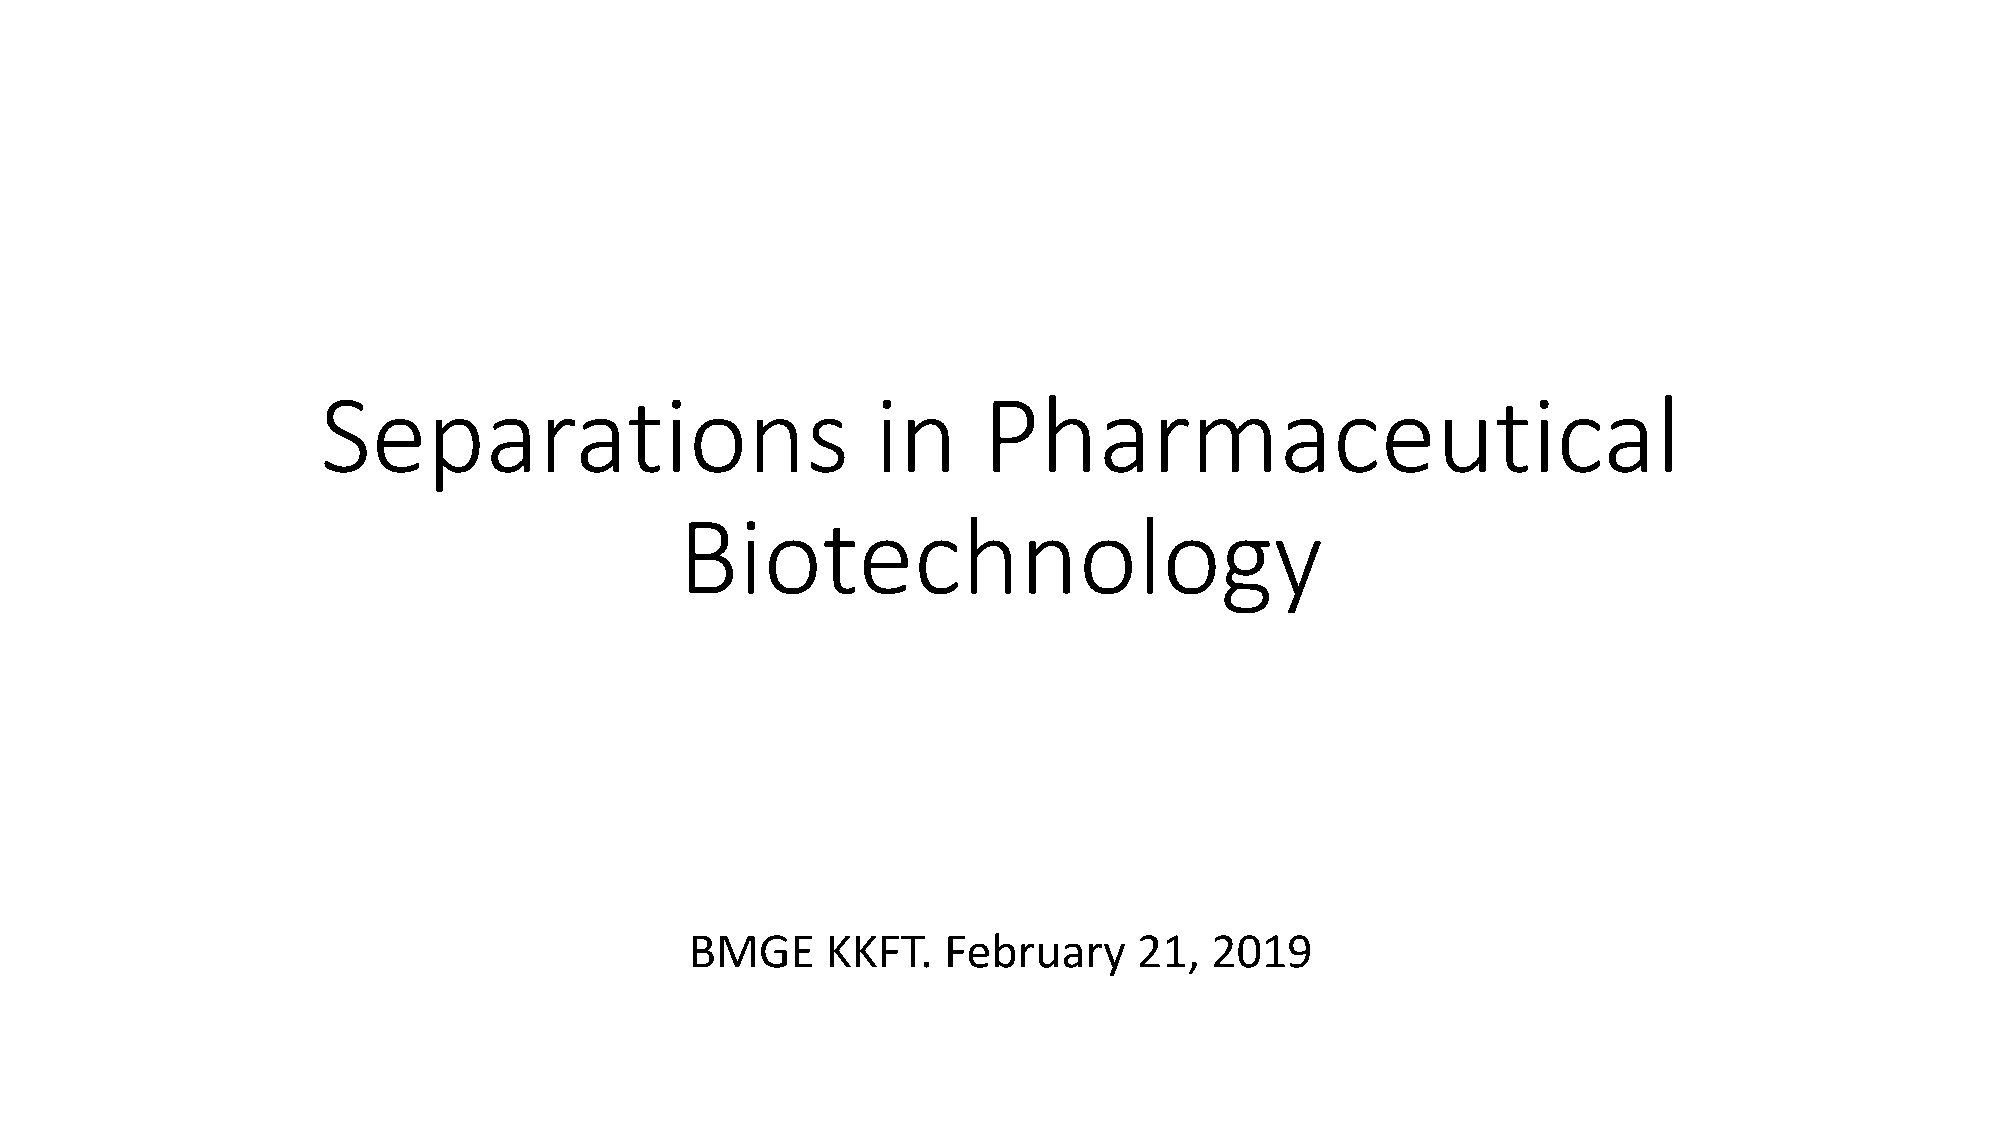
Separations                          in     Pharmaceutical
 Biotechnology
 BMGE     KKFT.  February     21,  2019